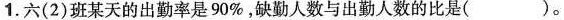
1.六（2）班某天的出勤率是90%，缺勤人数与出勤人数的比是（ ）。